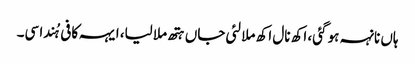
ہاں نانہہ ہو گئی، اکھ نال اکھ ملا لئی جاں ہتھ ملا لیا، ایہہ کافی ہُندا سی۔